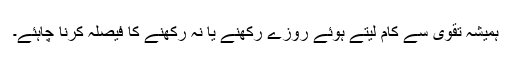
ہمیشہ تقویٰ سے کام لیتے ہوئے روزے رکھنے یا نہ رکھنے کا فیصلہ کرنا چاہئے۔